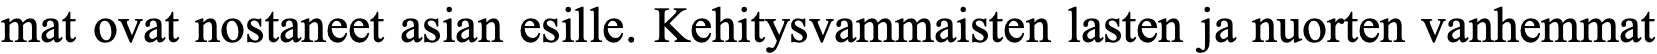
mat ovat nostaneet asian esille. Kehitysvammaisten lasten ja nuorten vanhemmat